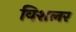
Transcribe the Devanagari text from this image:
विशलर